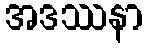
အဒဿနာ